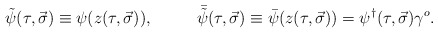
\begin{align*}\tilde \psi (\tau, \vec{\sigma}) \equiv \psi (z(\tau, \vec{\sigma})),~~~~~~~~{\bar {\tilde \psi}} (\tau, \vec{\sigma})\equiv \bar{\psi} (z(\tau, \vec{\sigma}))=\psi^{\dagger}(\tau ,\vec \sigma )\gamma^o.\end{align*}